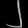
Digit: ၂